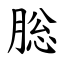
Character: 䐋